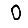
Digit: 0